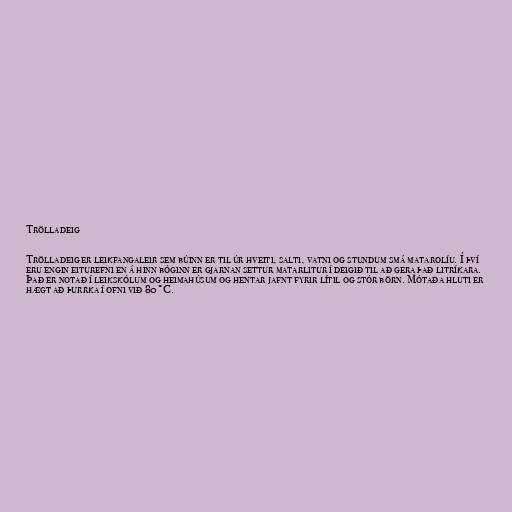
Trölladeig

Trölladeig er leikfangaleir sem búinn er til úr hveiti, salti, vatni og stundum smá matarolíu. Í því
eru engin eiturefni en á hinn bóginn er gjarnan settur matarlitur í deigið til að gera það litríkara.
Það er notað í leikskólum og heimahúsum og hentar jafnt fyrir lítil og stór börn. Mótaða hluti er
hægt að þurrka í ofni við 80°C.